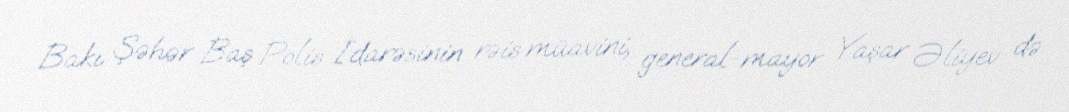
Bakı Şəhər Baş Polis İdarəsinin rəis müavini, general-mayor Yaşar Əliyev də